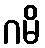
ဂမိ